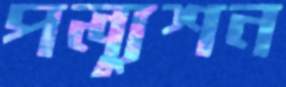
পল্যুশন